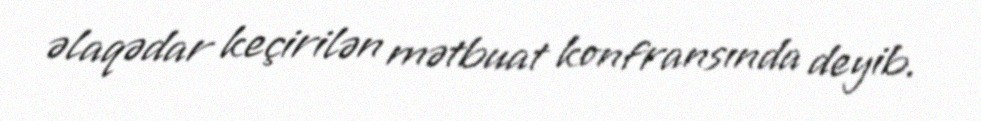
əlaqədar keçirilən mətbuat konfransında deyib.